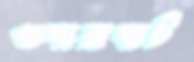
গুদারাঘাট